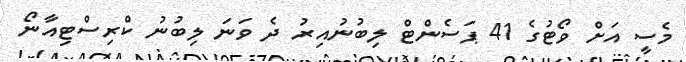
މެސީ އަށް ވޯޓުގެ 41 ޕަސެންޓް ލިބުނުއިރު ދެ ވަނަ ލިބުނު ކްރިސްޓިއާނޯ